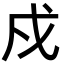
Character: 戍